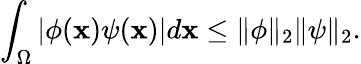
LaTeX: \int_{\Omega}|\phi(\mathbf{x})\psi(\mathbf{x})|d\mathbf{x}\leq\| \phi\| _{2}\| \psi\| _{2}.